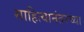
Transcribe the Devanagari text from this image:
साहित्यानंतरच्या